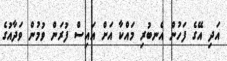
އަދި އޭގެ ފަހުން އެނބުރި މައްކާ އަށް އައިސް ފުރަން ވުމުން ވަދާއުގެ